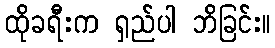
ထိုခရီးက ရှည်ပါ ဘိခြင်း။